Report on vaccination North-West Frontier Province 1904-1922 - 1904-1922
Year: 1904
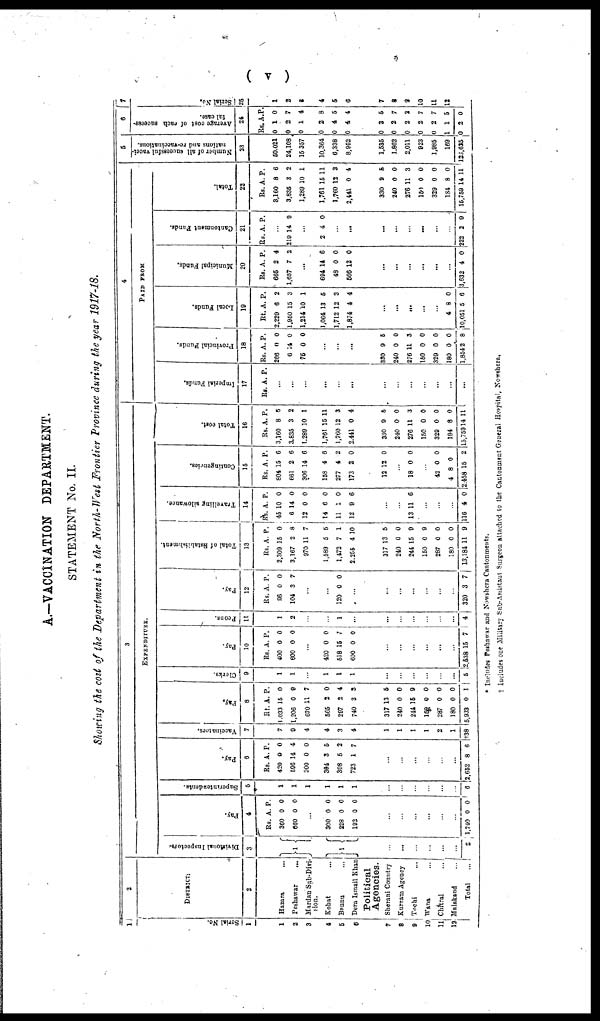
( v )
A.—VACCINATION DEPARTMENT.
STATEMENT No. II.
Showing the cost of the Department in the North- West Frontier Province during the year 1917-18.
1
Serial No.
1
1
2
3
4
5
6
7
8
9
10
11
12
2
DISTRICT.
2
Hazara ...
Peshawar ...
Mardan Sub-Divi-
sion.
Kohat ...
Bannu ...
Dera Ismail Khan
Political
Agencies.
Sherani Country
Kurram Agency
Tochi ...
Wana
...
Chitral
...
Malakand
...
Total
...
3
EXPENDITURE.
Divisional Inspectors.
3
1
1
...
...
...
...
...
...
2
Pay.
4
Rs.
300
860
A.
0
0
P.
0
0
...
300
228
192
0
0
0
0
0
0
...
...
...
...
...
...
1,740 0 0
Superintendents
5
1
1
1
1
1
1
...
...
...
...
...
...
6
Pay.
6
Rs.
420
596
300
394
308
723
A.
0
14
0
3
5
1
P.
0
4
0
5
2
7
...
...
...
...
...
...
2,652 8 6
Vaccinators.
7
7
9
4
4
3
4
1
1
1
1
2
1
.38
Pay.
8
Rs.
1,033
1,206
670
565
297
740
317
240
244
152
287
180
5,933
A.
15
0
11
2
2
3
13
0
15
0
0
0
0
P.
0
0
7
0
4
3
5
0
9
0
0
0
1
Clerks
9
1
1
...
1
1
1
...
...
...
...
...
...
5
Pay.
10
Rs.
400
600
A
0
0
P.
0
0
...
420
518
600
0
15
0
0
7
0
...
...
...
...
...
...
2,538 15 7
Peons.
11
1
2
...
...
1
...
...
...
...
...
...
...
4
Pay.
12
Rs.
95
104
A.
0
3
P.
0
7
...
...
120 0 0
...
...
...
...
...
...
...
320 3 7
Total of Establishment.
13
Rs.
2,309
3,167
970
1,580
1,472
2,255
317
240
244
150
287
180
13,184
A.
15
2
11
5
7
4
13
0
15
0
0
0
11
P.
0
8
7
5
1
10
5
0
9
9
0
0
9
Travelling allowance.
14
Rs.
45
6
12
14
11
12
A.
10
14
0
0
1
9
P.
0
0
0
0
0
6
...
...
13 11 6
...
...
116 4 0
Contingencies.
15
Rs.
804
661
306
158
277
173
12
A.
15
2
14
4
4
3
12
P.
6
6
6
6
2
0
0
...
18 0 0
...
42
4
2,458
0
8
15
0
0
2
Total cost.
16
Rs.
3,160
3,835
1,289
1,761
1,760
2,441
330
240
276
150
329
184
15,759
A.
8
3
10
15
12
0
9
0
11
0
0
8
14
P.
6
2
1
11
3
4
5
0
3
0
0
0
11
4
PAID FROM
Imperial Funds.
17
Rs. A. P.
...
...
...
...
...
...
...
...
...
...
...
...
...
Provincial Funds.
18
Rs.
206
6
75
A.
0
14
0
P.
0
0
0
...
...
...
330
240
276
150
329
180
1,854
9
0
11
0
0
0
2
5
0
3
0
0
0
8
Local Funds.
19
Rs.
2,220
1,950
1,214
1,064
1,712
1,874
A.
6
13
10
13
12
4
P.
2
3
1
5
3
4
...
...
...
...
...
4
10,051
8
5
0
6
Municipal Funds.
20
Rs.
665
1,657
A.
2
7
P.
4
2
...
694
48
566
14
0
12
6
0
0
...
...
...
...
...
...
3,632 4 0
Cantonment Funds.
21
Rs. A. P.
...
219 14 9
...
2 4 0
...
...
...
...
...
...
...
...
222 2 9
Total.
22
Rs.
3,160
3,835
1,289
1,751
1,760
2,441
330
240
276
150
329
184
15,759
A.
8
3
10
15
12
0
9
0
11
0
0
8
14
P.
6
2
1
11
3
4
5
0
3
0
0
0
11
5
Number of all successful vacci-
nations and re-vaccinations.
23
50,021
24,108
15,357
10,364
6,338
8,952
1,535
1,862
2,011
923
1,985
169
123,625
6
Average cost of each success-
ful
case.
24
Rs.
0
0
0
0
0
0
0
0
0
0
0
1
0
A.
1
2
1
2
4
4
3
2
2
2
2
1
2
P.
0
7
4
8
6
4
5
7
2
7
7
5
0
7
Serial No.
25
1
2
3
4
5
6
7
8
9
10
11
12
* Includes Peshawar and Nowshera Cantonments.
† Includes one Milatary Sub-Assitant Surgeon attached to the Cantonment General Hospital Nowshera.